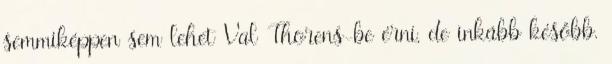
semmiképpen sem lehet Val Thorens-be érni, de inkább később.